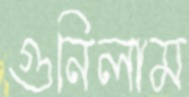
গুনিলাম